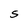
Character: S